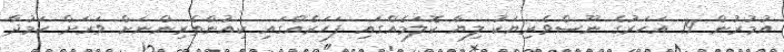
އުމުރުން 19 އަހަރުގެ ނޫސްވެރިޔަކު ލިޔާ ކޮލަމެއްގައި ފަހަރެއްގައި ކިއުންތެރިންނަށް ވަރަށް ކަމުދާ